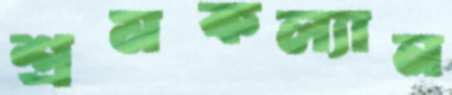
শ্রমকল্যান